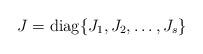
LaTeX: \begin{align*} J=\mathrm{diag} \{J_1,J_2,\ldots,J_s\}\end{align*}